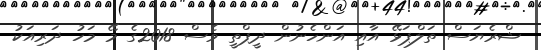
ޝްރެޔަސް ތަލްޕަޅޭ އާއި އަންހެނުން ދީޕްތީ ވެސް 2018ގެ މޭ މަހު ދަރިއަކު